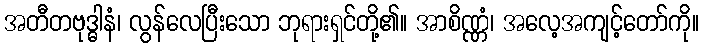
အတီတဗုဒ္ဓါနံ၊ လွန်လေပြီးသော ဘုရားရှင်တို့၏။ အာစိဏ္ဏံ၊ အလေ့အကျင့်တော်ကို။